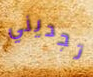
تجديني